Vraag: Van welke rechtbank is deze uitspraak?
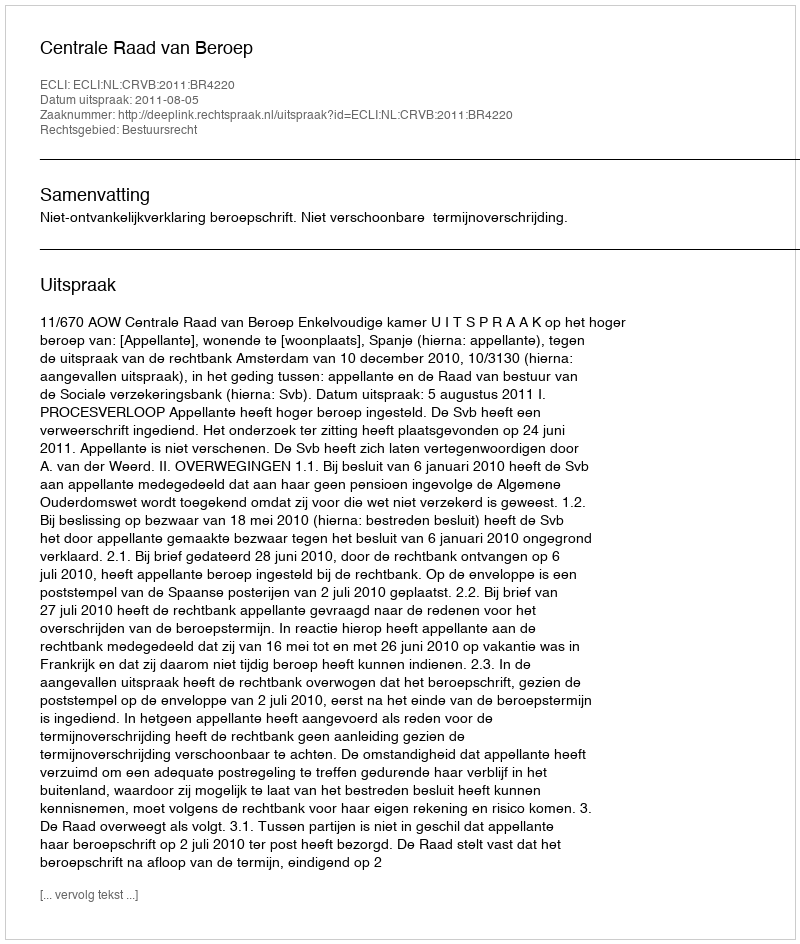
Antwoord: Centrale Raad van Beroep